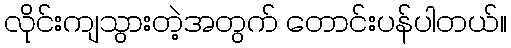
လိုင်းကျသွားတဲ့အတွက် တောင်းပန်ပါတယ်။